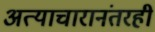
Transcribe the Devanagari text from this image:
अत्याचारानंतरही